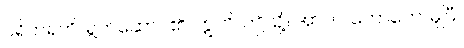
ပရိဟရတိ၊ ရွက်ဆောင်၏။ ဣတိ၊ ဤသို့။ အာဟ၊ ဟောတော်မူပြီ။